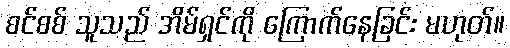
စင်စစ် သူသည် အိမ်ရှင်ကို ကြောက်နေခြင်း မဟုတ်။